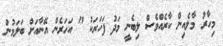
މިހާރު މާލެއިން ކާރެއްވެސް ލިބެނީ މަދު ފަހަރަކު " އަހަރެން އޭނާއަށް ބަލަމުން